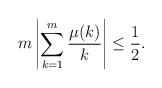
LaTeX: \begin{align*}m \left| \sum_{k=1}^m \frac{\mu(k)}{k} \right| \leq \frac{1}{2}.\end{align*}